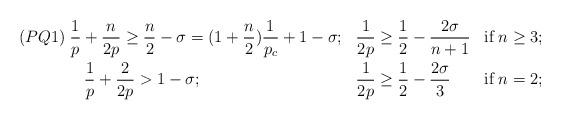
LaTeX: \begin{align*} &(PQ1)\;\frac{1}{p} + \frac{n}{2p} \geq \frac{n}{2}- \sigma = (1 +\frac{n}{2})\frac{1}{p_c} +1 - \sigma;& &\frac{1}{2p} \geq \frac{1}{2} - \frac{2 \sigma}{n+1}& &\hbox{if}\; n \geq 3;&\\ &\qquad\qquad\frac{1}{p} + \frac{2}{2p} > 1- \sigma;& &\frac{1}{2p} \geq \frac{1}{2} - \frac{2 \sigma}{3}& &\hbox{if}\; n = 2;& \end{align*}